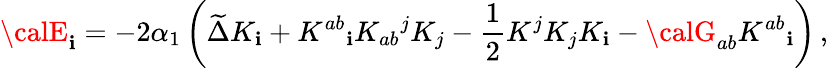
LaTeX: {\calE}_{\mathbf{i}}=-2\alpha_{1}\left(\widetilde{{\Delta}}K_{\mathbf{i}}+K^{ab}{}_{\mathbf{i}}K_{ab}{}^{j}K_{j}-{\frac{{1}}{{2}}}K^{j}K_{j}K_{\mathbf{i}}-{\calG}_{ab}K^{ab}{}_{\mathbf{i}}\right)\, ,